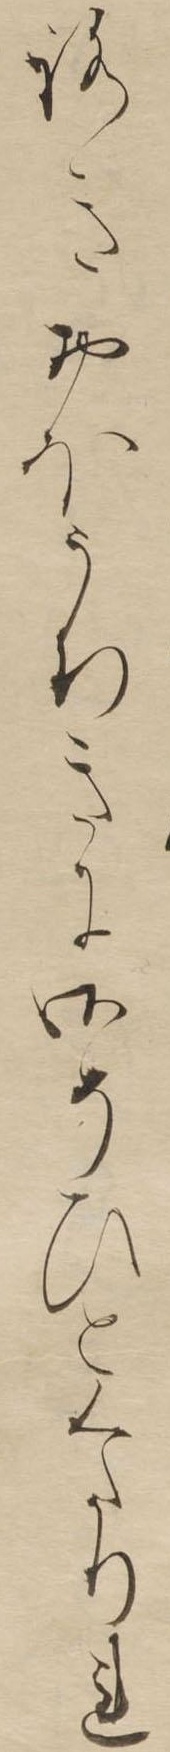
ろきおほうちきに御そひとくたりれ